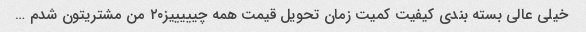
خیلی عالی بسته بندی کیفیت کمیت زمان تحویل قیمت همه چیییییز۲۰ من مشتریتون شدم …